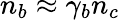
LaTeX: n_{b}\approx\gamma_{b}n_{c}